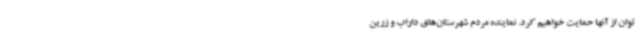
توان از آنها حمایت خواهیم کرد. نماینده مردم شهرستان‌های داراب و زرین